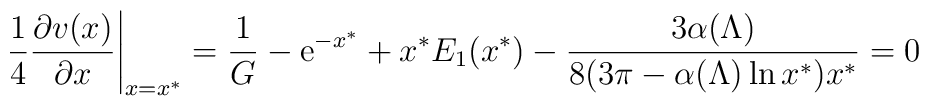
{1\over4}{\partial v(x)\over\partial x}\Bigg\vert_{x=x^{*}}	={1\over G}-{\mathrm{e}}^{-x^{*}}+x^{*}E_{1}(x^{*})	-{3\alpha(\Lambda)\over8(3\pi-\alpha(\Lambda)\ln x^{*})x^{*}}=0